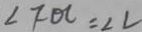
\angle F O C = \angle L